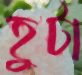
হুটা